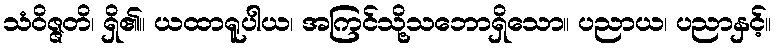
သံဝိဇ္ဇတိ၊ ရှိ၏။ ယထာရူပါယ၊ အကြင်သို့သဘောရှိသော။ ပညာယ၊ ပညာနှင့်။